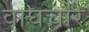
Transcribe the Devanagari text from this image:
वाघचौरे